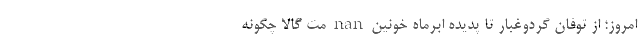
امروز؛ از توفان گردوغبار تا پدیده اَبَرماه خونین nan مت گالا چگونه